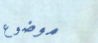
موضوع